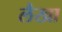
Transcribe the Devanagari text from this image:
लैखा